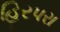
હિરપરા